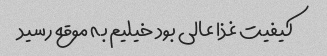
کیفیت غذا عالی بود خیلیم به موقع رسید